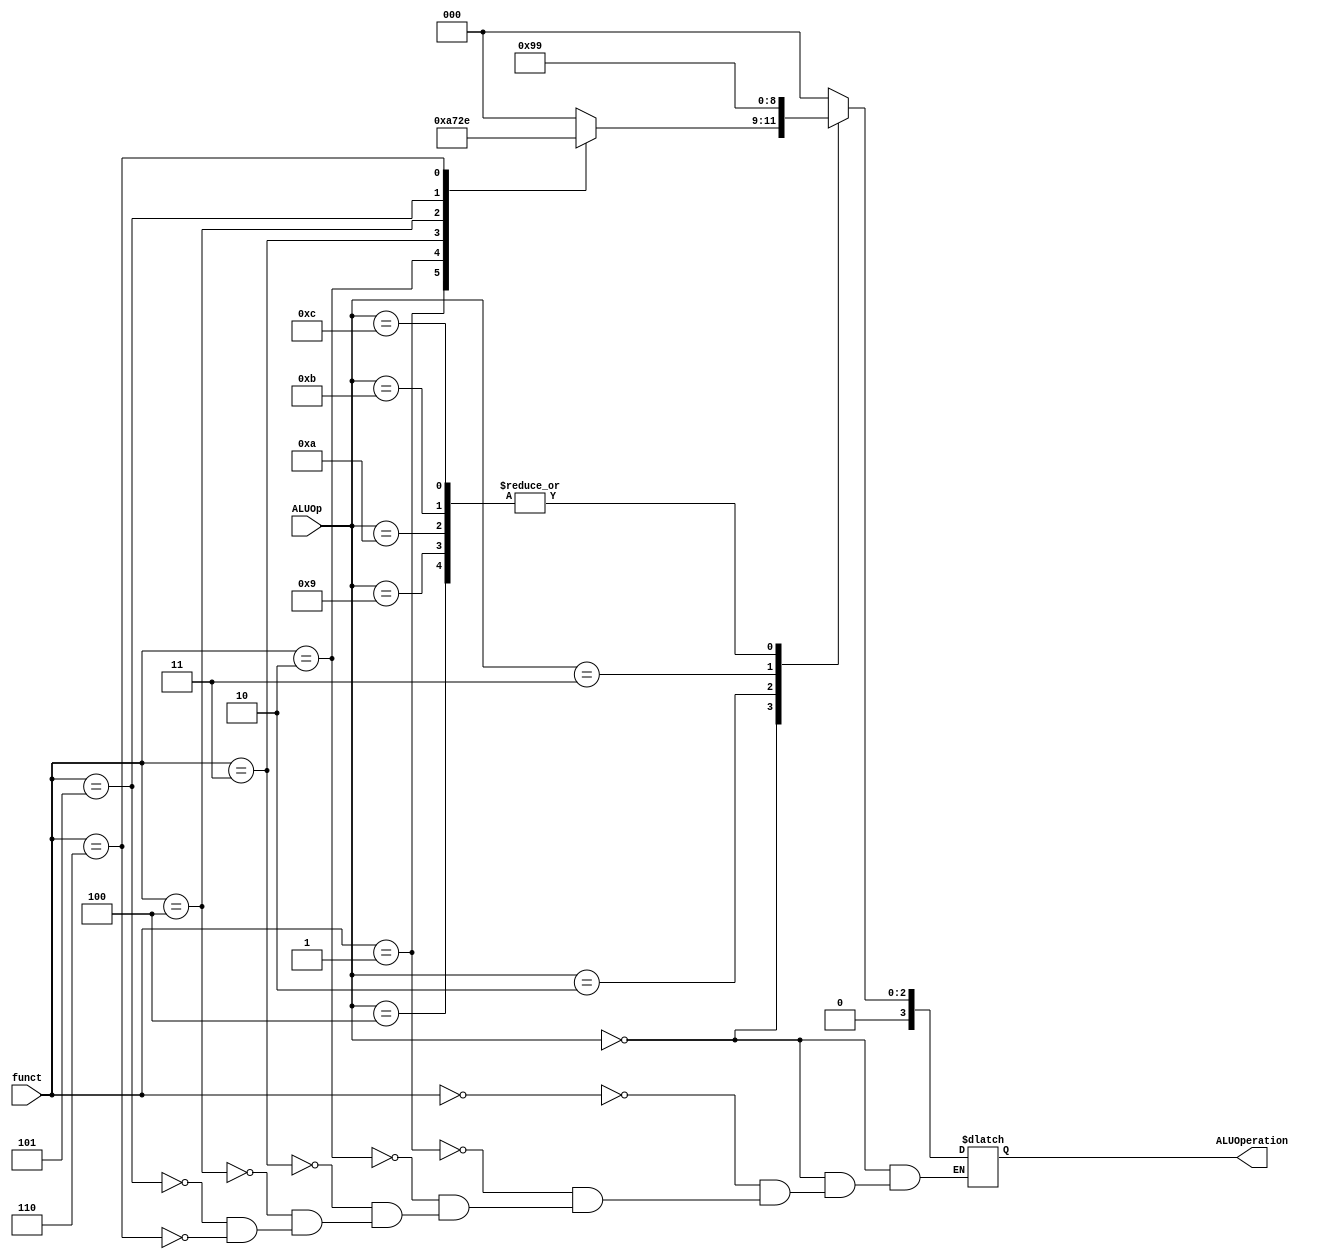
//ALU control unit
module ALUControlUnit
	(
		input[3:0] ALUOp,
		input [2:0] funct,
		output reg [3:0] ALUOperation
	);


	always @(*) begin
		case (ALUOp)
			4'b0000: begin //R-Type
				case (funct)
					3'b000: ALUOperation = 4'b0000;
					3'b001: ALUOperation = 4'b0001;
					3'b010: ALUOperation = 4'b0010;
					3'b011: ALUOperation = 4'b0011;
					3'b100: ALUOperation = 4'b0100;
					3'b101: ALUOperation = 4'b0101;
					3'b110: ALUOperation = 4'b0110;
				endcase
			end
			4'b0001: begin
				ALUOperation = 4'b0000; //addi
			end
			4'b0010: begin
				ALUOperation = 4'b0010; //andi
			end
			4'b0011: begin
				ALUOperation = 4'b0011; //ori
			end
			4'b0100: begin
				ALUOperation = 4'b0001; //subi
			end
			4'b0111: begin
				ALUOperation = 4'b0000; //lw
			end
			4'b1000: begin
				ALUOperation = 4'b0000; //sw
			end
			4'b1001: begin
				ALUOperation = 4'b0001; //beq
			end
			4'b1010: begin
				ALUOperation = 4'b0001; //bne
			end
			4'b1011: begin
				ALUOperation = 4'b0001; //blt
			end
			4'b1100: begin
				ALUOperation = 4'b0001; //bgt
			end
			default: ALUOperation = 4'b0000; 

		endcase
	end
endmodule